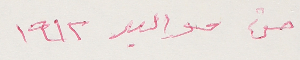
من مواليد ١٩١٢